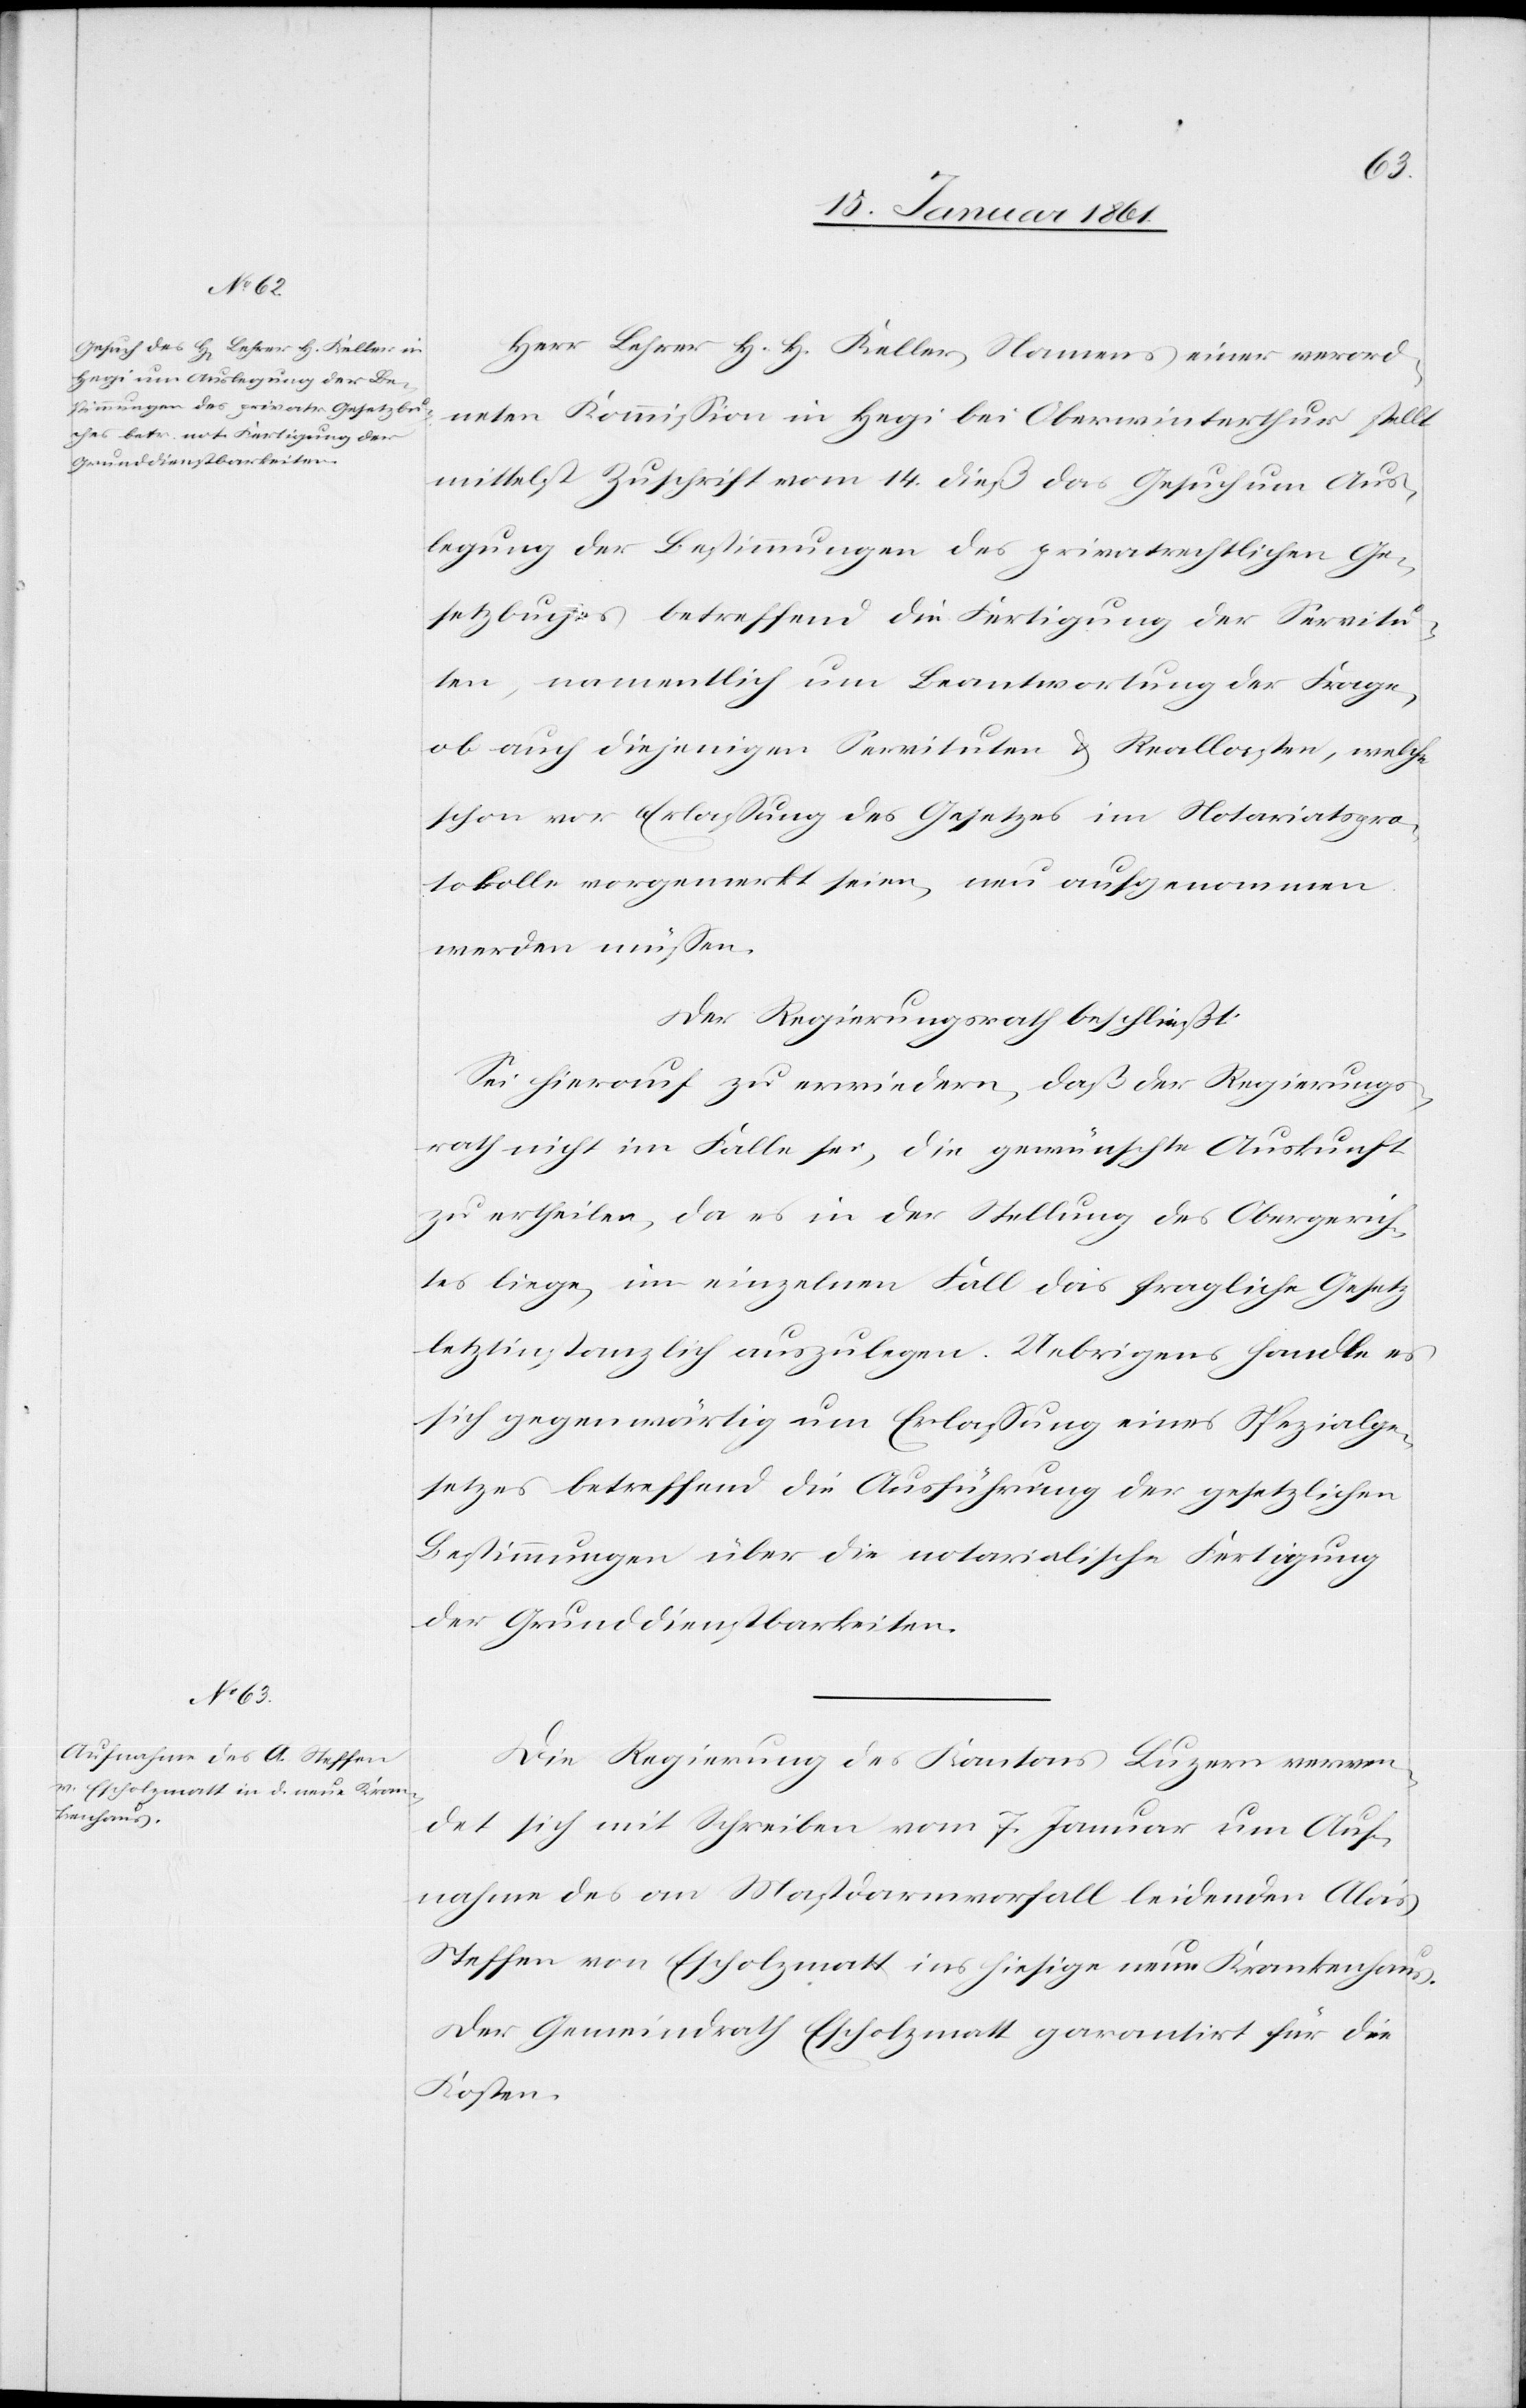
Herr Lehrer H. H. Keller, Namens einer verord¬
neten Kommission in Hegi bei Oberwinterthur stellt
mittelst Zuschrift vom 14. dieß das Gesuch um Aus¬
legung der Bestimmungen des privatrechtlichen Ge¬
setzbuches betreffend die Fertigung der Servitu¬
ten, namentlich um Beantwortung der Frage,
ob auch diejenigen Servituten u. [?Kralloschen], welche
schon vor Erlassung des Gesetzes im Notariatspro¬
tokolle vorgemerkt seien, neu aufgenommen
werden müssen.
Der Regierungsrath beschließt:
Sei hierauf zu erwiedern, daß der Regierungs¬
rath nicht im Falle sei, die gewünschte Auskunft
zu ertheilen, da es in der Stellung des Obergerich¬
tes liege, im einzelnen Fall das fragliche Gesetz
letztinstanzlich auszulegen. Uebrigens handle es
sich gegenwärtig um Erlassung eines Spezialge¬
setzes betreffend die Ausführung der gesetzlichen
Bestimmungen über die notarialische Fertigung
der Grunddienstbarkeit.
Die Regierung des Kantons Luzern verwen¬
det sich mit Schreiben vom 7. Januar um Auf¬
nahme des an Mastdarmverfall leidenden Alois
Steffen von Escholzmatt ins hiesige neue Krankenhaus.
Der Gemeindrath Escholzmatt garantirt für die
Kosten.